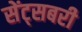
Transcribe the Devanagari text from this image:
सेंट्सबरी